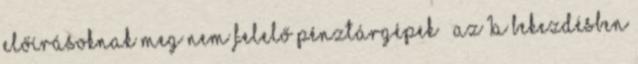
előírásoknak meg nem felelő pénztárgépek – az 1a bekezdésben